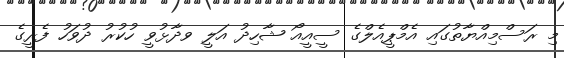
މި ރަސްމިއްޔާތުގައި އެމްޕީއެލްގެ ސީއީއޯ ޝާހިދު އަލީ ވދާޅުވީ ހުކުރު ދުވަހު ފެރީގެ